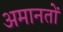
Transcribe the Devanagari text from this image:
अमानतों